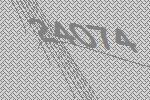
24074